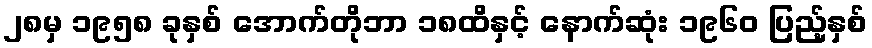
၂၈မှ ၁၉၅၈ ခုနှစ် အောက်တိုဘာ ၁၈ထိနှင့် နောက်ဆုံး ၁၉၆၀ ပြည့်နှစ်